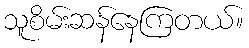
သူစိမ်းဆန်နေကြတယ်။